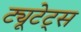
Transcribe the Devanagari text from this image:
ट्यूटेट्स